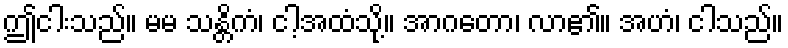
ဤငါးသည်။ မမ သန္တိကံ၊ ငါ့အထံသို့။ အာဂတော၊ လာ၏။ အဟံ၊ ငါသည်။